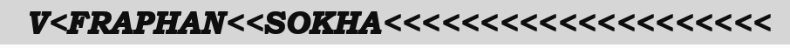
V<FRAPHAN<<SOKHA<<<<<<<<<<<<<<<<<<<<